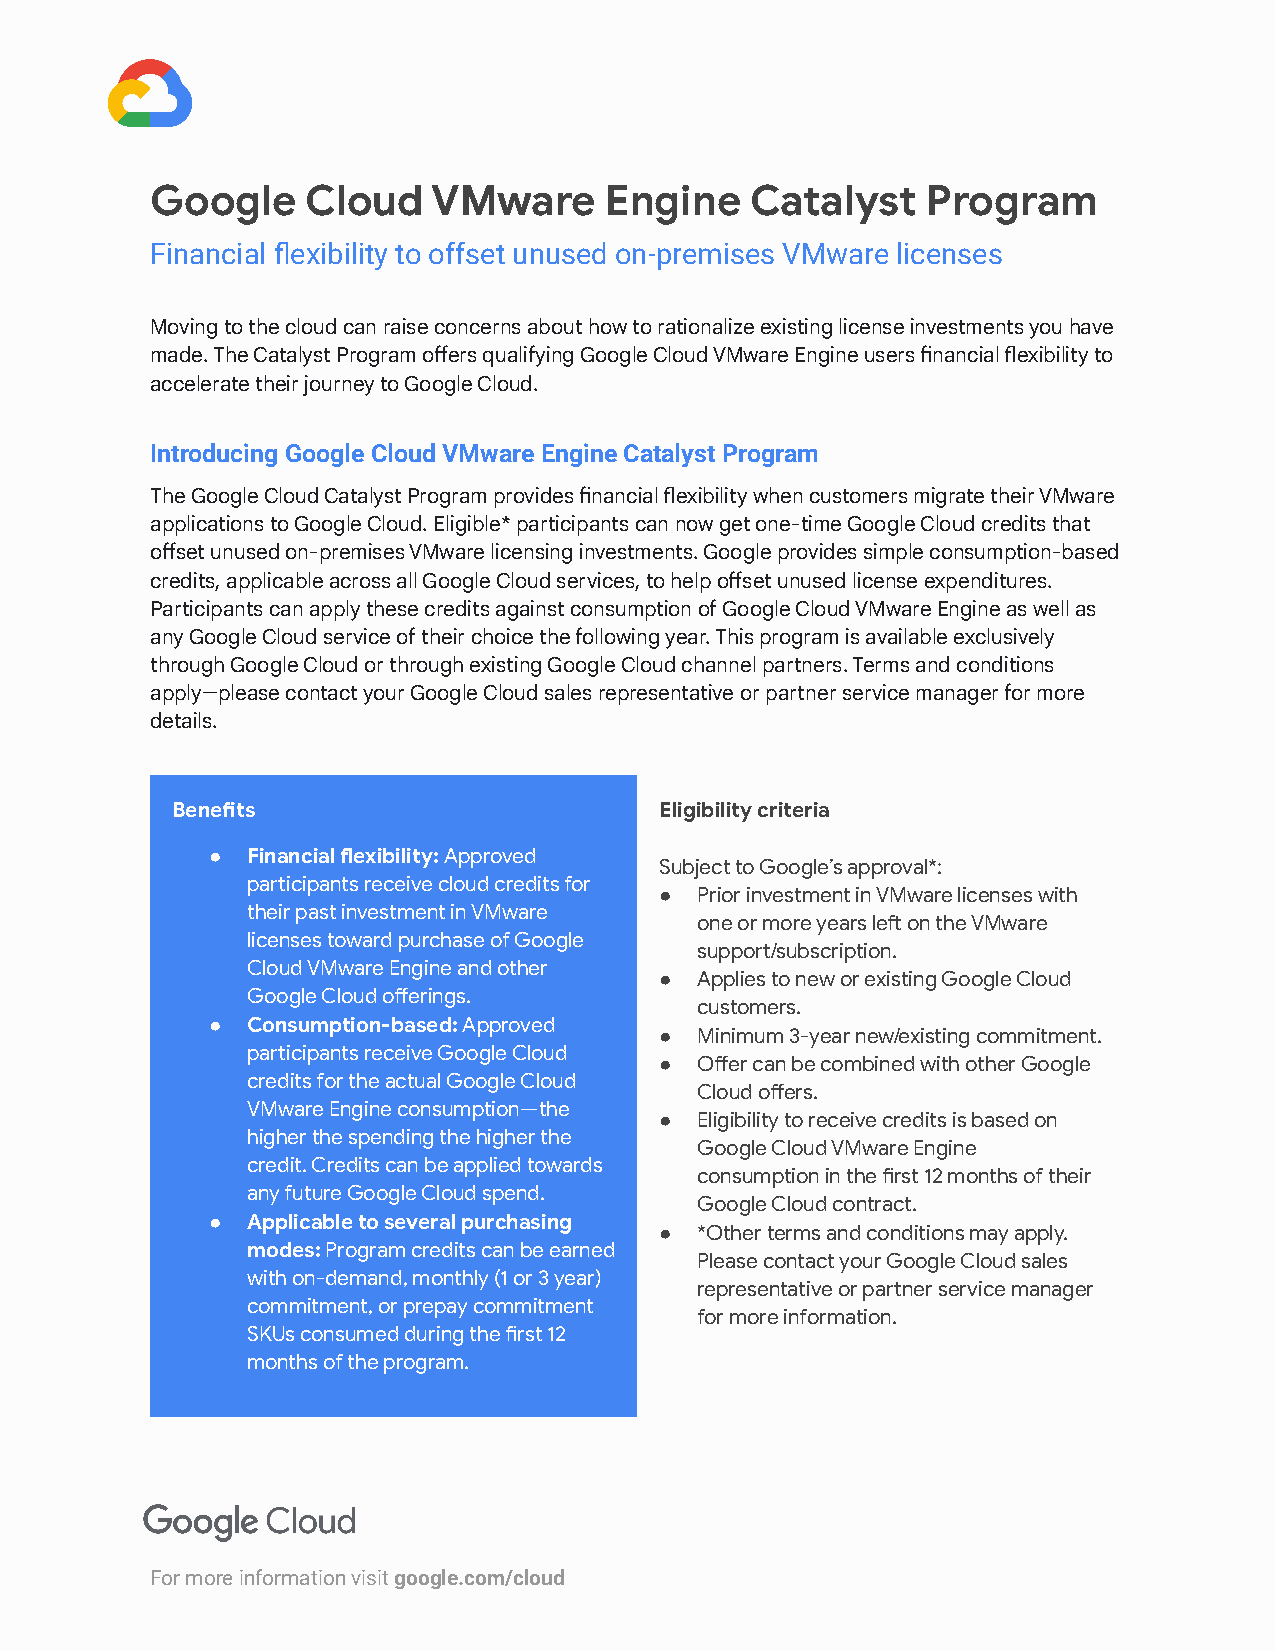
Google    Cloud    VMware     Engine    Catalyst   Program
 Financial flexibility to offset unused on-premises VMware licenses
 Moving to the cloud can raise concerns about how to rationalize existing license investments you have
 made. The Catalyst Program oers qualifying Google Cloud VMware Engine users nancial exibility to
 accelerate their journey to Google Cloud.
 Introducing Google Cloud VMware Engine Catalyst Program
 The Google Cloud Catalyst Program provides nancial exibility when customers migrate their VMware
 applications to Google Cloud. Eligible* paicipants can now get one-time Google Cloud credits that
 oset unused on-premises VMware licensing investments. Google provides simple consumption-based
 credits, applicable across all Google Cloud services, to help oset unused license expenditures.
 Paicipants can apply these credits against consumption of Google Cloud VMware Engine as well as
 any Google Cloud service of their choice the following year. This program is available exclusively
 through Google Cloud or through existing Google Cloud channel paners. Terms and conditions
 apply—please contact your Google Cloud sales representativeor paner service manager for more
 details.
 Benets                          Eligibility criteria
 ● Financial exibility:Approved
 Subject to Google’s approval*:
 paicipants receive cloud credits for
 ● Prior investment in VMware licenses with
 their past investment in VMware
 one or more years le on the VMware
 licenses toward purchase of Google
 suppo/subscription.
 Cloud VMware Engine and other
 ● Applies to new or existing Google Cloud
 Google Cloud oerings.
 customers.
 ● Consumption-based:Approved
 ● Minimum 3-year new/existing commitment.
 paicipants receive Google Cloud
 ● Oer can be combined with other Google
 credits for the actual Google Cloud
 Cloud oers.
 VMware Engine consumption—the
 ● Eligibility to receive credits is based on
 higher the spending the higher the
 Google Cloud VMware Engine
 credit. Credits can be applied towards
 consumption in the rst 12 months of their
 any future Google Cloud spend.
 Google Cloud contract.
 ● Applicable to several purchasing
 ● *Other terms and conditions may apply.
 modes:Program credits can be earned
 Please contact your Google Cloud sales
 with on-demand, monthly (1 or 3 year)
 representative or paner service manager
 commitment, or prepay commitment
 for more information.
 SKUs consumed during the rst 12
 months of the program.
 For more information visitgoogle.com/cloud